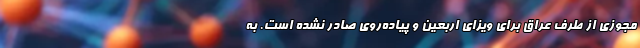
مجوزی از طرف عراق برای ویزای اربعین و پیاده‌روی صادر نشده است. به